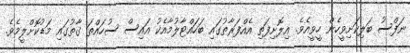
ނަފްސު ބަލިކަށިވީހެން ހީވީއެވެ. އިލޮށިފަތި އެއްފަރާތުގައި ބަހައްޓާލުމާއެކު އައިސް ސުހައްތަ ގާތުގައި މަޑުކޮށްލީމެވެ.